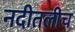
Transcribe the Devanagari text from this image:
नदीतलीच